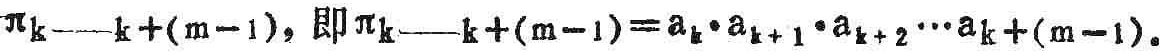
$\pi_{k}\underline{\ \ }_{k + (m - 1)},\text{即}\pi_{k}\underline{\ \ }_{k + (m - 1)} = a_{k}\cdot a_{k + 1}\cdot a_{k + 2}\cdots a_{k + (m - 1)}。$